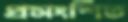
প্রসংশিত